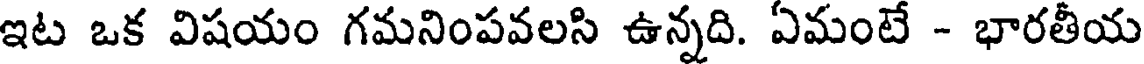
ఇట ఒక విషయం గమనింపవలసి ఉన్నది. ఏమంటే - భారతీయ